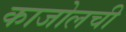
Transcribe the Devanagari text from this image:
काजोलची